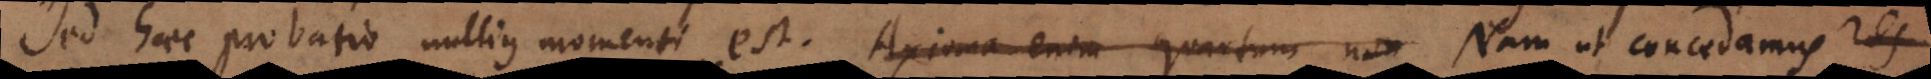
Sed haec probatio nullius momenti est. Axioma enim quartum non Nam ut concedamus res